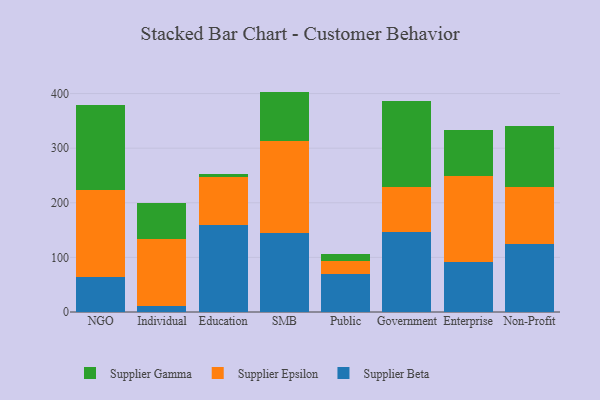
{"axis": {"x": "Segment", "y": "Latency (ms)"}, "legend": ["Supplier Beta", "Supplier Epsilon", "Supplier Gamma"], "data": [{"x": "NGO", "y": 64.5, "type": "Supplier Beta"}, {"x": "NGO", "y": 159.8, "type": "Supplier Epsilon"}, {"x": "NGO", "y": 155.4, "type": "Supplier Gamma"}, {"x": "Individual", "y": 11.0, "type": "Supplier Beta"}, {"x": "Individual", "y": 122.7, "type": "Supplier Epsilon"}, {"x": "Individual", "y": 65.2, "type": "Supplier Gamma"}, {"x": "Education", "y": 159.8, "type": "Supplier Beta"}, {"x": "Education", "y": 87.3, "type": "Supplier Epsilon"}, {"x": "Education", "y": 6.2, "type": "Supplier Gamma"}, {"x": "SMB", "y": 144.9, "type": "Supplier Beta"}, {"x": "SMB", "y": 168.2, "type": "Supplier Epsilon"}, {"x": "SMB", "y": 90.5, "type": "Supplier Gamma"}, {"x": "Public", "y": 69.3, "type": "Supplier Beta"}, {"x": "Public", "y": 23.7, "type": "Supplier Epsilon"}, {"x": "Public", "y": 12.7, "type": "Supplier Gamma"}, {"x": "Government", "y": 146.8, "type": "Supplier Beta"}, {"x": "Government", "y": 81.8, "type": "Supplier Epsilon"}, {"x": "Government", "y": 156.9, "type": "Supplier Gamma"}, {"x": "Enterprise", "y": 92.0, "type": "Supplier Beta"}, {"x": "Enterprise", "y": 156.9, "type": "Supplier Epsilon"}, {"x": "Enterprise", "y": 84.2, "type": "Supplier Gamma"}, {"x": "Non-Profit", "y": 124.6, "type": "Supplier Beta"}, {"x": "Non-Profit", "y": 103.9, "type": "Supplier Epsilon"}, {"x": "Non-Profit", "y": 111.8, "type": "Supplier Gamma"}]}